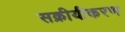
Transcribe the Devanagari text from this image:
सक्रीयीकरण